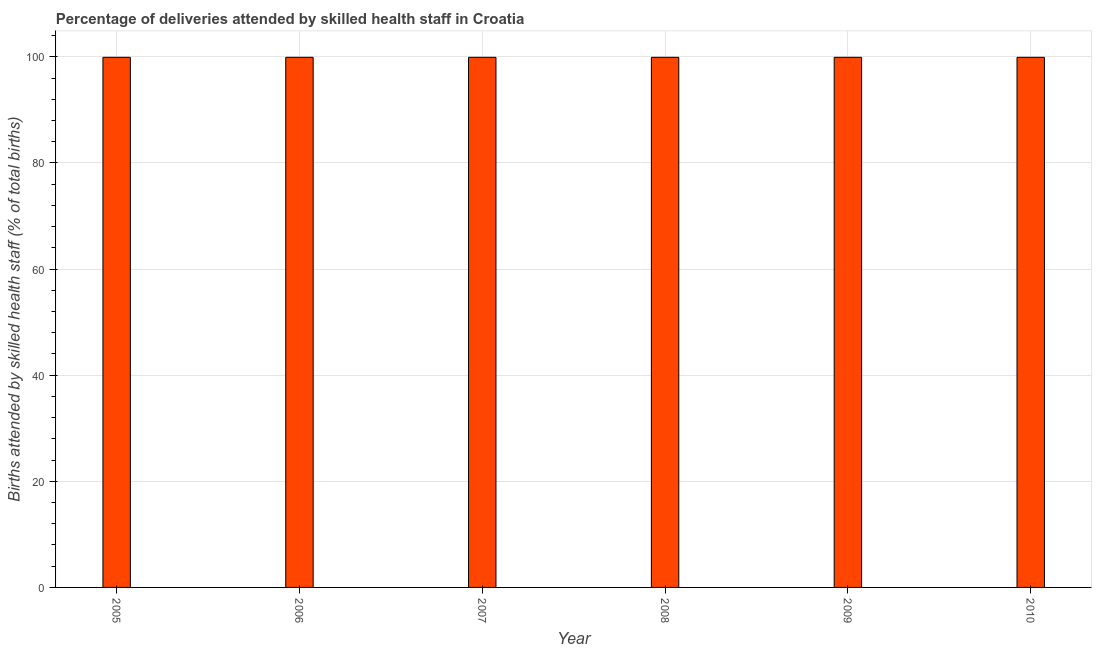
| Year | Births attended by skilled health staff |
 | --- | --- |
 | 2005 | 99.9 |
 | 2006 | 99.9 |
 | 2007 | 99.9 |
 | 2008 | 99.9 |
 | 2009 | 99.9 |
 | 2010 | 99.9 |